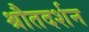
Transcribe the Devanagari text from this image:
श्रौतदर्शन